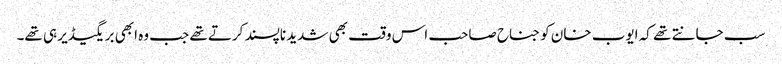
سب جانتے تھے کہ ایوب خان کو جناح صاحب اس وقت بھی شدید ناپسند کرتے تھے جب وہ ابھی بریگیڈیر ہی تھے۔